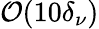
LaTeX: \mathcal O(10\delta_{\nu})